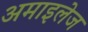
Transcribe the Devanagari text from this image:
अमाइलेज